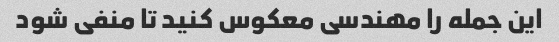
این جمله را مهندسی معکوس کنید تا منفی شود